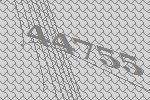
44755